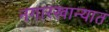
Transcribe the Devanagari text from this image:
नगारखान्यात